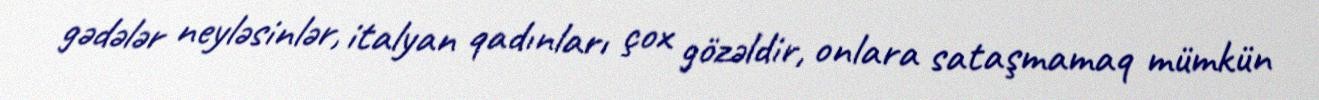
gədələr neyləsinlər, italyan qadınları çox gözəldir, onlara sataşmamaq mümkün